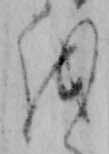
を